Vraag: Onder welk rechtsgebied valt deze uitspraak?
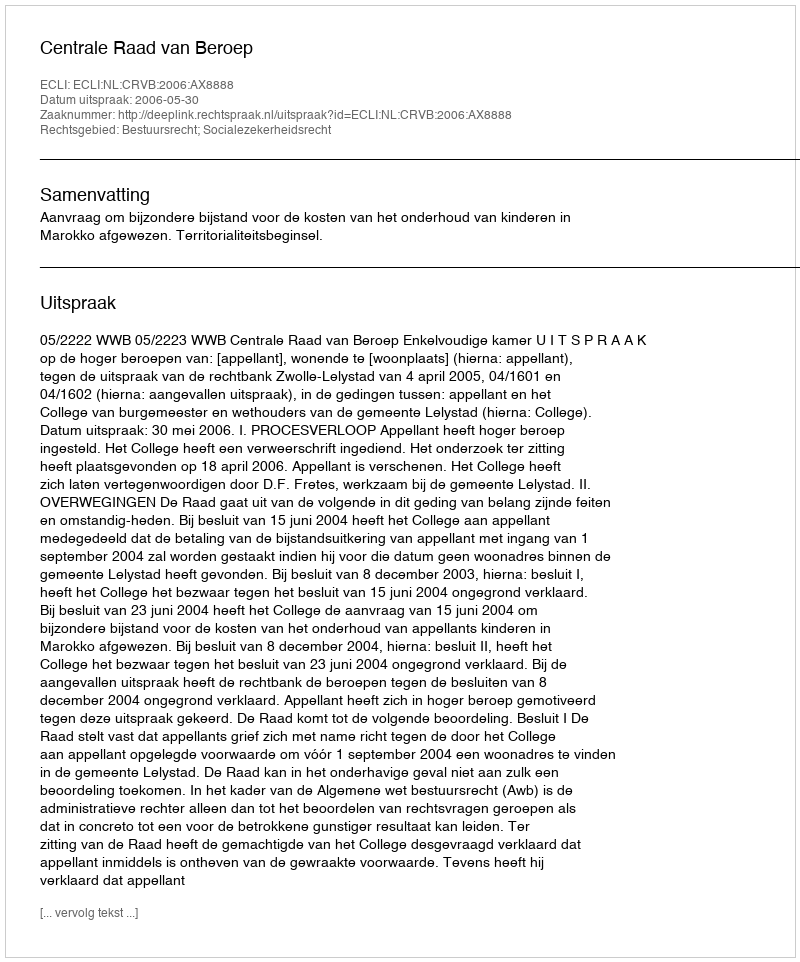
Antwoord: Bestuursrecht; Socialezekerheidsrecht